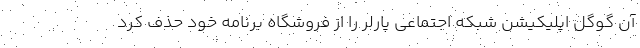
آن گوگل اپلیکیشن شبکه اجتماعی پارلر را از فروشگاه برنامه خود حذف کرد